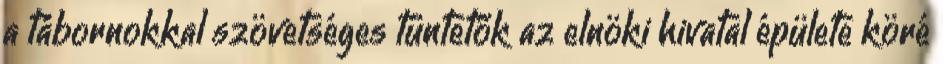
a tábornokkal szövetséges tüntetők az elnöki hivatal épülete köré